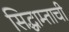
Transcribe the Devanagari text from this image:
सिद्धाम्ताची